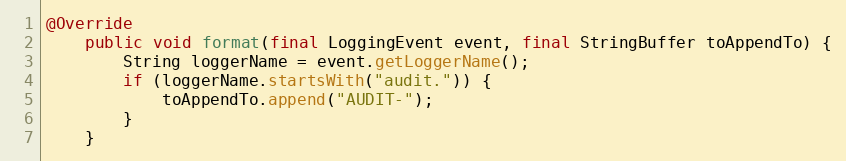
Language: Java
@Override
	public void format(final LoggingEvent event, final StringBuffer toAppendTo) {
		String loggerName = event.getLoggerName();
		if (loggerName.startsWith("audit.")) {
			toAppendTo.append("AUDIT-");
		}
	}